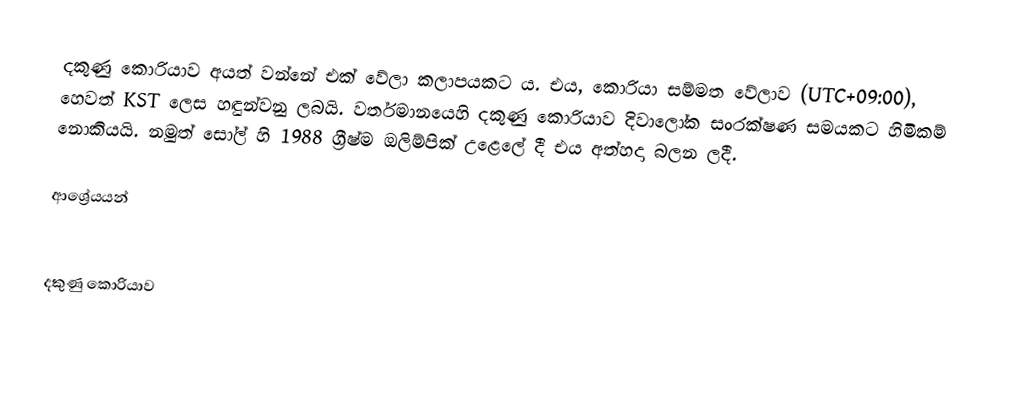
දකුණු කොරියාව අයත් වන්නේ එක් වේලා කලාපයකට ය. එය, කොරියා සම්මත වේලාව (UTC+09:00), හෙවත් KST ලෙස හඳුන්වනු ලබයි. වර්තමානයෙහි දකුණු කොරියාව දිවාලෝක සංරක්ෂණ සමයකට හිමිකම් නොකියයි. නමුත් සෝල් හි 1988 ග්‍රීෂ්ම ඔලිම්පික් උළෙලේ දී එය අත්හදා බලන ලදී.

ආශ්‍රේයයන්

දකුණු කොරියාව